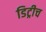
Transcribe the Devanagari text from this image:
डिट्रीच